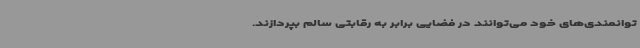
توانمندی‌های خود می‌توانند در فضایی برابر به رقابتی سالم بپردازند.